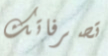
تصرفاتك